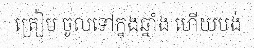
ត្រៀម ចូលទៅក្នុងឆ្នាំង ហើយបង់